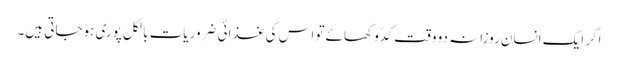
اگر ایک انسان روزانہ دو وقت کدّو کھائے تو اس کی غذائی ضروریات بالکل پوری ہوجاتی ہیں۔